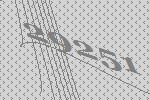
29251